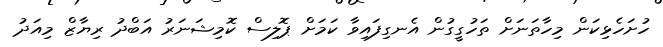
ހުށަހެޅިކަން މިހާތަނަށް ތަހުގީގުން އެނގިފައިވާ ކަމަށް ޕޮލިސް ކޮމިޝަނަރު އަބްދު ރިޔާޒް މިއަދު